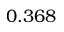
0 . 3 6 8